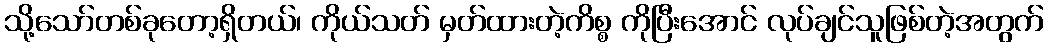
သို့သော်တစ်ခုတော့ရှိတယ်၊ ကိုယ်သတ် မှတ်ထားတဲ့ကိစ္စ ကိုပြီးအောင် လုပ်ချင်သူဖြစ်တဲ့အတွက်